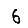
Digit: 6